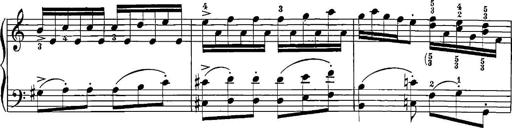
Title: 12 Sonatinas
Composer: Ignaz Pleyel